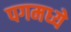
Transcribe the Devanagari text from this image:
पगमध्ये